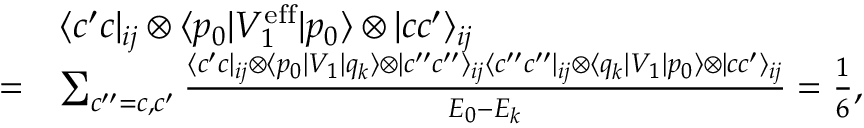
\begin{array} { r l } & { \langle c ^ { \prime } c | _ { i j } \otimes \langle p _ { 0 } | V _ { 1 } ^ { \mathrm { e f f } } | p _ { 0 } \rangle \otimes | c c ^ { \prime } \rangle _ { i j } } \\ { = } & { \sum _ { c ^ { \prime \prime } = c , c ^ { \prime } } \frac { \langle c ^ { \prime } c | _ { i j } \otimes \langle p _ { 0 } | V _ { 1 } | q _ { k } \rangle \otimes | c ^ { \prime \prime } c ^ { \prime \prime } \rangle _ { i j } \langle c ^ { \prime \prime } c ^ { \prime \prime } | _ { i j } \otimes \langle q _ { k } | V _ { 1 } | p _ { 0 } \rangle \otimes | c c ^ { \prime } \rangle _ { i j } } { E _ { 0 } - E _ { k } } = \frac { 1 } { 6 } , } \end{array}